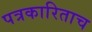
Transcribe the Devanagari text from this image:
पत्रकारिताच